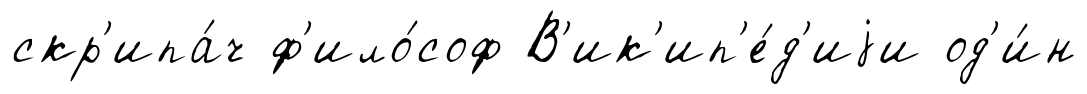
скр'ипа́ч ф'ило́соф В'ик'ип'е́д'иjи од'и́н